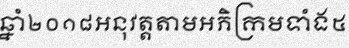
ឆ្នាំ២០១៨អនុវត្តតាមអភិក្រមទាំង៥